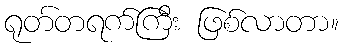
ရုတ်တရက်ကြီး ဖြစ်လာတာ။